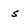
Character: s